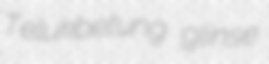
Telukbetung glinse